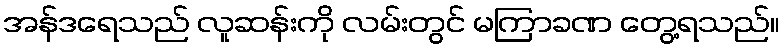
အန်ဒရေသည် လူဆန်းကို လမ်းတွင် မကြာခဏ တွေ့ရသည်။